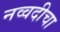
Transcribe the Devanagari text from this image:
नव्वदीचा